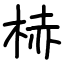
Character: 𪲒